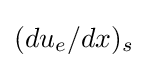
(du_{e}/dx)_{s}